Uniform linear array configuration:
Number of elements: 4
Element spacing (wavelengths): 0.5
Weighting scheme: exponential
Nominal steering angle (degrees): -60
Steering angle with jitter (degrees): -60.345
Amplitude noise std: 0.05
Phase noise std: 0.05

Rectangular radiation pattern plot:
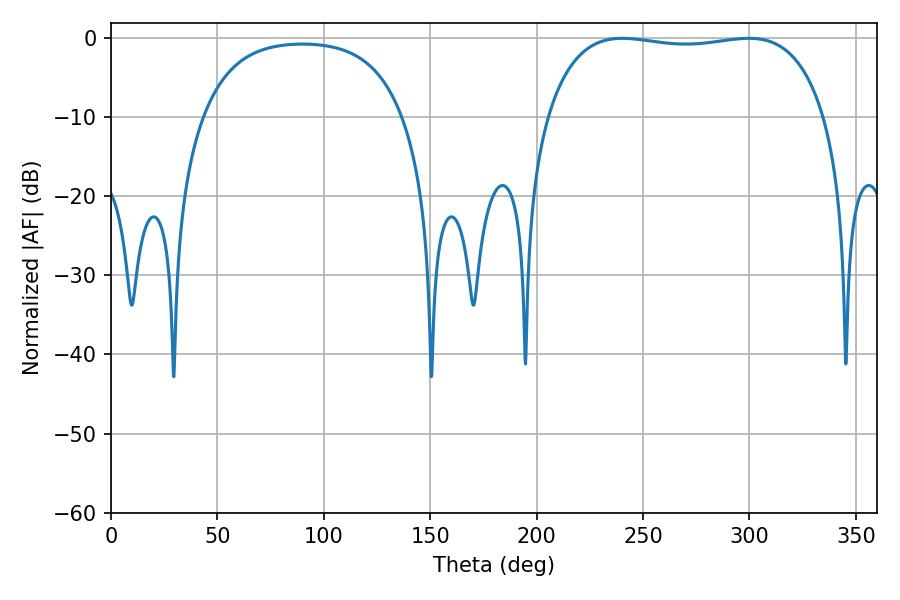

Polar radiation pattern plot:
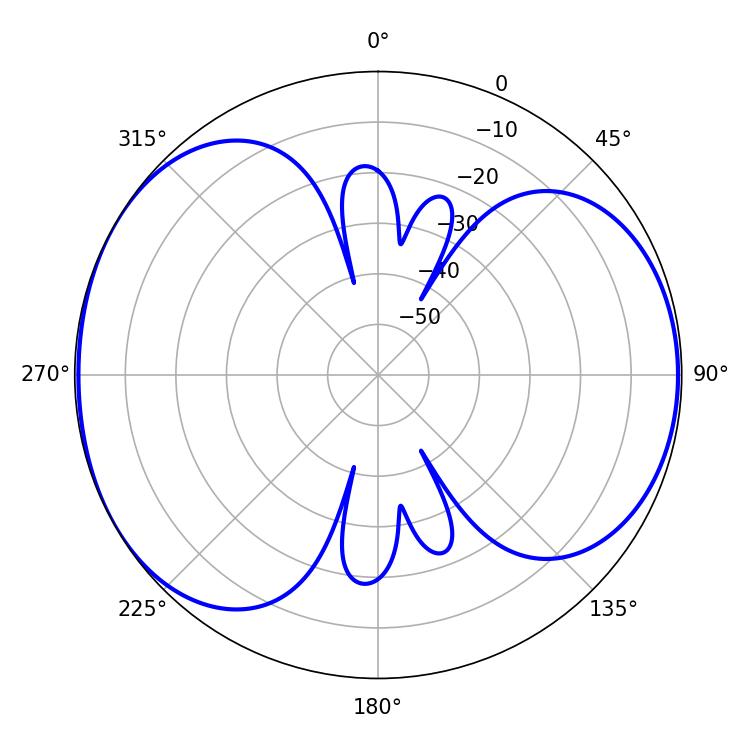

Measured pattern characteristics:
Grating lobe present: FALSE
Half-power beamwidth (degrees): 104.76
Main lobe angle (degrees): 240.3